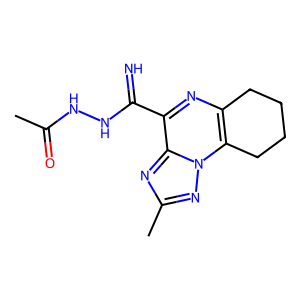
SMILES: CC(=O)NNC(=N)c1nc2c(n3nc(C)nc13)CCCC2
Inhibits HIV replication: No